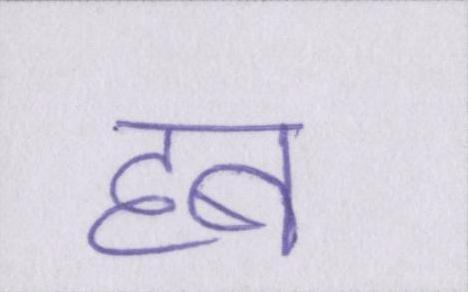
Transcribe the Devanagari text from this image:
हब